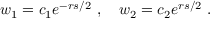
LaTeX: w _ { 1 } = c _ { 1 } e ^ { - r s / 2 } \ , \quad w _ { 2 } = c _ { 2 } e ^ { r s / 2 } \ .